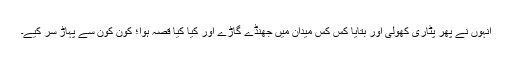
انہوں نے پھر پٹاری کھولی اور بتایا کس کس میدان میں جھنڈے گاڑے اور کیا کیا قصہ ہوا؛ کون کون سے پہاڑ سر کیے۔